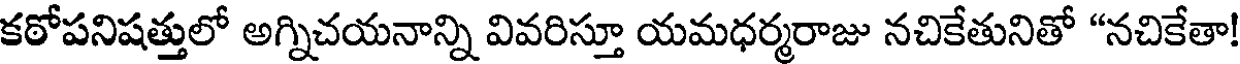
కఠోపనిషత్తులో అగ్నిచయనాన్ని వివరిస్తూ యమధర్మరాజు నచికేతునితో "నచికేతా!